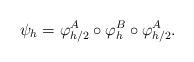
LaTeX: \begin{align*}\psi_{h} = \varphi_{h/2}^A \circ \varphi_{h}^B\circ \varphi_{h/2}^A.\end{align*}